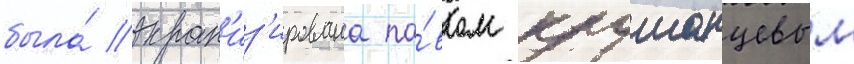
была́ экран'из'ирована па́влом клушанцевым